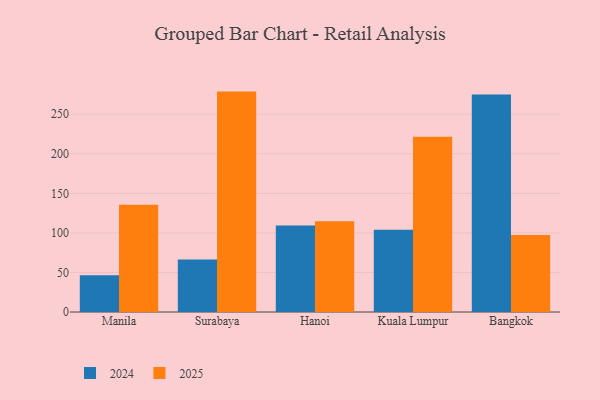
{"axis": {"x": "City", "y": "Headcount"}, "legend": ["2024", "2025"], "data": [{"x": "Manila", "y": 46.4, "type": "2024"}, {"x": "Manila", "y": 135.7, "type": "2025"}, {"x": "Surabaya", "y": 66.3, "type": "2024"}, {"x": "Surabaya", "y": 278.6, "type": "2025"}, {"x": "Hanoi", "y": 109.4, "type": "2024"}, {"x": "Hanoi", "y": 114.7, "type": "2025"}, {"x": "Kuala Lumpur", "y": 104.1, "type": "2024"}, {"x": "Kuala Lumpur", "y": 221.5, "type": "2025"}, {"x": "Bangkok", "y": 275.0, "type": "2024"}, {"x": "Bangkok", "y": 97.3, "type": "2025"}]}